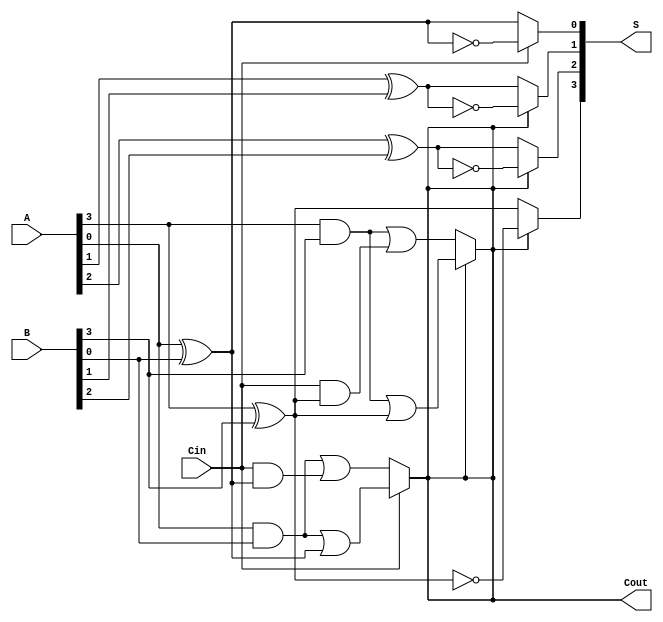
module ConditionalSumAdder #(parameter n = 4) (
    input  [n-1:0] A,      // First n-bit input
    input  [n-1:0] B,      // Second n-bit input
    input          Cin,     // Carry-in
    output [n-1:0] S,      // n-bit sum output
    output         Cout     // Carry-out
);

    wire [n-1:0] S0;   // Sum assuming carry-in = 0
    wire [n-1:0] S1;   // Sum assuming carry-in = 1
    wire [n-1:0] C0;   // Carry-out assuming carry-in = 0
    wire [n-1:0] C1;   // Carry-out assuming carry-in = 1

    genvar i;

    // Generate the sums and carries for each bit
    generate
        for (i = 0; i < n; i = i + 1) begin : CSA_bits
            // Sum assuming carry-in = 0
            assign S0[i] = A[i] ^ B[i] ^ 0; // S0[i] = A[i] XOR B[i]
            // Sum assuming carry-in = 1
            assign S1[i] = A[i] ^ B[i] ^ 1; // S1[i] = A[i] XOR B[i] XOR 1

            // Carry-out assuming carry-in = 0
            assign C0[i] = (A[i] & B[i]) | (Cin & (A[i] ^ B[i]));
            // Carry-out assuming carry-in = 1
            assign C1[i] = (A[i] & B[i]) | (1 & (A[i] ^ B[i]));
        end
    endgenerate

    // Determine the final sum and carry-out
    generate
        for (i = 0; i < n; i = i + 1) begin : Select_Sum_Carry
            if (i == 0) begin
                // For the least significant bit, select based on Cin
                assign S[i] = (Cin) ? S1[i] : S0[i];
                assign Cout = (Cin) ? C1[i] : C0[i];
            end else begin
                // For other bits, select based on the carry from the previous bit
                assign S[i] = (Cout) ? S1[i] : S0[i];
                if (i == n-1) begin
                    assign Cout = (Cout) ? C1[i] : C0[i];
                end
            end
        end
    endgenerate

endmodule